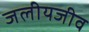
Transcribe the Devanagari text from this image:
जलीयजीव